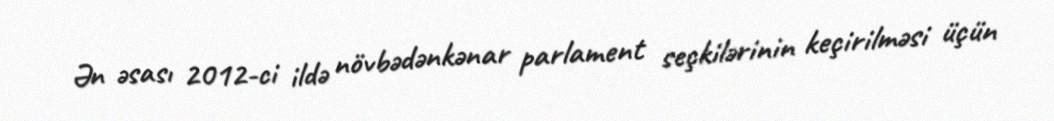
Ən əsası 2012-ci ildə növbədənkənar parlament seçkilərinin keçirilməsi üçün